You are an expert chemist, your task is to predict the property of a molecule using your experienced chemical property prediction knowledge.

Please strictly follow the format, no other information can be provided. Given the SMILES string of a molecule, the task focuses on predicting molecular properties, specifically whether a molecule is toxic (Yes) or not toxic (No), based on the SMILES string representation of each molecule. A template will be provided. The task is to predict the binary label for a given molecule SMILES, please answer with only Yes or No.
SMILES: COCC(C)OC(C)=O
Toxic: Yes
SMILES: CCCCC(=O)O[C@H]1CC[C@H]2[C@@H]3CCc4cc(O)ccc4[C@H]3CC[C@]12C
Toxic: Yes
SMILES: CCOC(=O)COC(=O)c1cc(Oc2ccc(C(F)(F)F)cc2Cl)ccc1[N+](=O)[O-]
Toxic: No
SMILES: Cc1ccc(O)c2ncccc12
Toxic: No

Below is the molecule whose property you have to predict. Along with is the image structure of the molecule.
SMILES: CC(C)C[P+](C)(CC(C)C)CC(C)C
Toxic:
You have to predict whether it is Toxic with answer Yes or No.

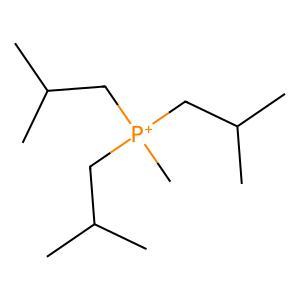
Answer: No